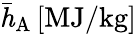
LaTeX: \mathit{\bar{h}_{\mathrm{A}}}\, \mathrm{[MJ/kg]}